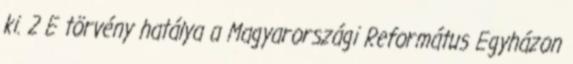
ki. 2 E törvény hatálya a Magyarországi Református Egyházon